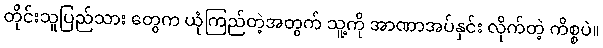
တိုင်းသူပြည်သား တွေက ယုံကြည်တဲ့အတွက် သူ့ကို အာဏာအပ်နှင်း လိုက်တဲ့ ကိစ္စပဲ။